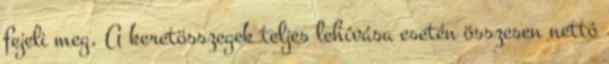
fejeli meg. A keretösszegek teljes lehívása esetén összesen nettó